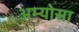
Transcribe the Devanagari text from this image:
अम्योसा